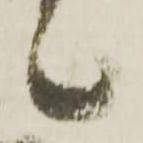
候